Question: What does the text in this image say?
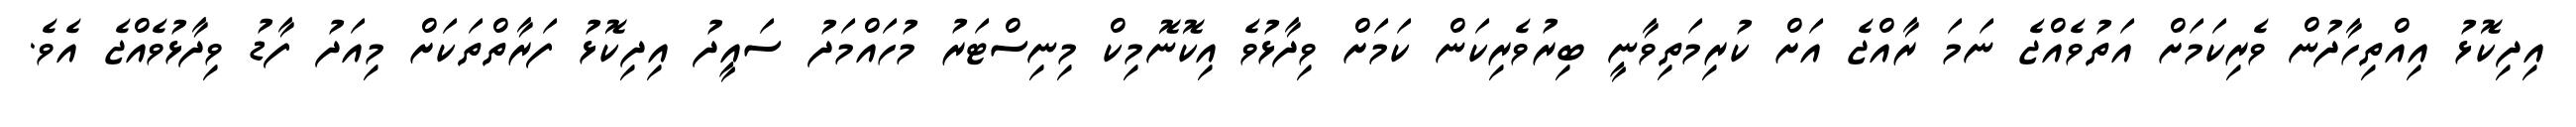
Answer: އިދިކޮޅު އިއްތިހާދުން ވެރިކަމަށް އަތުވެއްޖެ ނަމަ ރާއްޖެ އަށް ކުރިމަތިވާނީ ބިރުވެރިކަން ކަމަށް ވިދާޅުވެ އިކޮނޮމިކް މިނިސްޓަރު މުހައްމަދު ސައީދު އިދިކޮޅު ފަރާތްތަކަށް މިއަދު ފާޑު ވިދާޅުވެއްޖެ އެވެ.